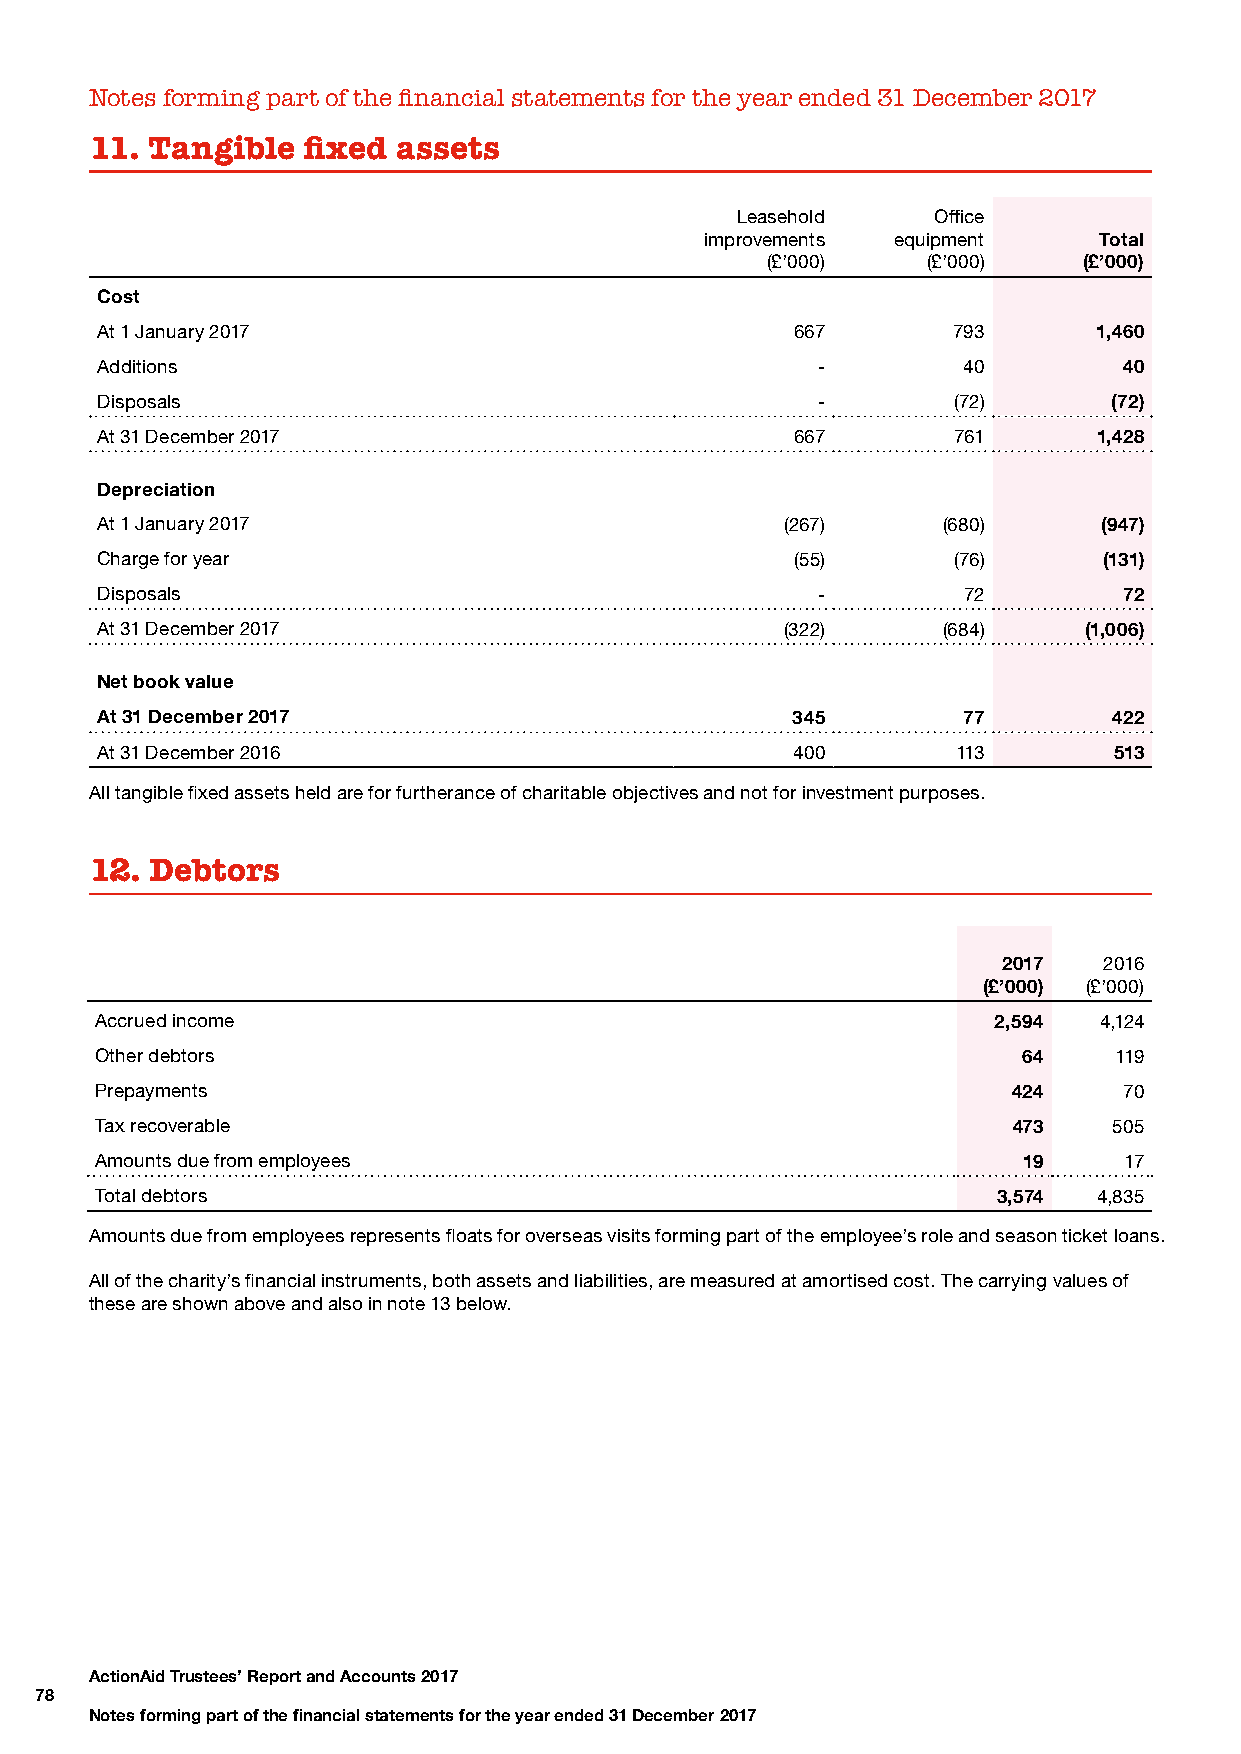
Notes forming part of the financial statements for the year ended 31 December 2017
 11. Tangible  fixed assets
 Leasehold    Office
 improvements equipment    Total
 (£’000)   (£’000)    (£’000)
 Cost
 At 1 January 2017                             667        793       1,460
 Additions                                       -         40        40
 Disposals                                       -        (72)       (72)
 At 31 December 2017                            667       761       1,428
 Depreciation
 At 1 January 2017                             (267)     (680)      (947)
 Charge for year                                (55)      (76)      (131)
 Disposals                                       -         72        72
 At 31 December 2017                           (322)     (684)     (1,006)
 Net book value
 At 31 December 2017                           345         77        422
 At 31 December 2016                           400        113        513
 All tangible fixed assets held are for furtherance of charitable objectives and not for investment purposes.
 12. Debtors
 2017   2016
 (£’000) (£’000)
 Accrued income                                              2,594  4,124
 Other debtors                                                 64    119
 Prepayments                                                  424    70
 Tax recoverable                                              473    505
 Amounts due from employees                                    19    17
 Total debtors                                               3,574  4,835
 Amounts due from employees represents floats for overseas visits forming part of the employee’s role and season ticket loans.
 All of the charity’s financial instruments, both assets and liabilities, are measured at amortised cost. The carrying values of
 these are shown above and also in note 13 below.
 ActionAid Trustees’ Report and Accounts 2017
 78
 Notes forming part of the financial statements for the year ended 31 December 2017